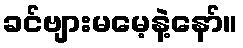
ခင်ဗျားမမေ့နဲ့နော်။